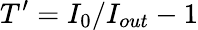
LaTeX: T^{\prime}=I_{0}/I_{out}-1